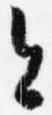
今